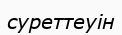
суреттеуін